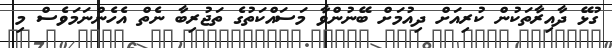
ގުޅޭ ދާއިރާތަކުން ކުރިއަށް ދިއުމަށް ބޭނުންވާ މަސައްކަތުގެ ތަޖުރިބާ ނެތް އެހެންނަމަވެސް މި